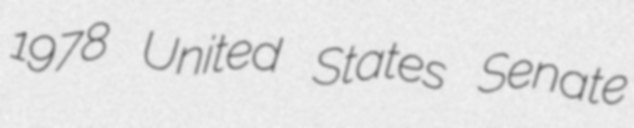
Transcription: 1978 United States Senate